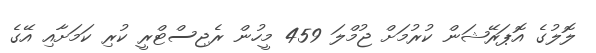
ލޮލުގެ އޮޕަރޭޝަން ކުރުމަށް ޖުމްލަ 459 މީހުން ރެޖިސްޓްރީ ކުރި ކަމަށާއި އޭގެ